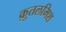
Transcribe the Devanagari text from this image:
क़ुतलमिश